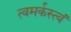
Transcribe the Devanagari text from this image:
त्वमर्कस्त्वं